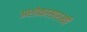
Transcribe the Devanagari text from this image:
अशोकासारखी